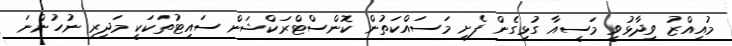
މުއިއްޒު ވިދާޅުވީ މަސީއާ ގުޅިގެން ފެށި މަސައްކަތުން ކޮންސްޓްރަކްޝަން ސައިޓުތަކަކީ މަދިރި ނުހުންނަ